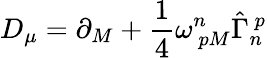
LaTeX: D_{\mu}=\partial_{M}+\frac{1}{4}\omega_{~pM}^{n}\hat{\Gamma}_{n}^{~p}